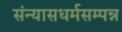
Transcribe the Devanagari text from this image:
संन्यासधर्मसम्पन्न